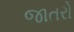
જાતરો